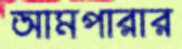
আমপারার